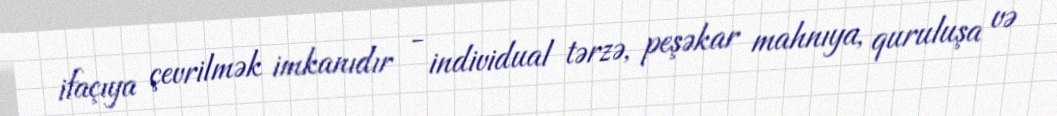
ifaçıya çevrilmək imkanıdır - individual tərzə, peşəkar mahnıya, quruluşa və